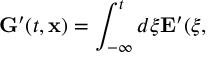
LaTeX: { \bf G } ^ { \prime } ( t , { \bf x } ) = \int _ { - \infty } ^ { t } d \xi { \bf E } ^ { \prime } ( \xi ,